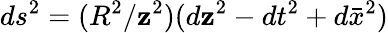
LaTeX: ds^{2}=(R^{2}/\mathbf{z}^{2})(d\mathbf{z}^{2}-dt^{2}+d\bar{{x}}^{2})